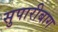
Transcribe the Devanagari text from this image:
सुपारीबाग